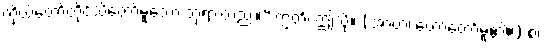
ကိုယ်တော်တိုင်သိတော်မူသော ဘုရားတည်း။” ဣတိ၊ ဤသို့။ (အာဟ၊ ဟောတော်မူ၏။) စ၊